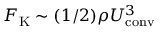
F _ { \mathrm { K } } \sim ( 1 / 2 ) \rho U _ { \mathrm { c o n v } } ^ { 3 }